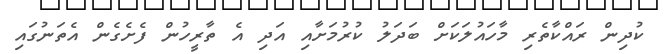
ކުދިން ރައްކާތެރި މާހައުލަކަށް ބަދަލު ކުރުމަށާއި އަދި އެ ތާރީހުން ފެށެގެން އެތަނުގައި